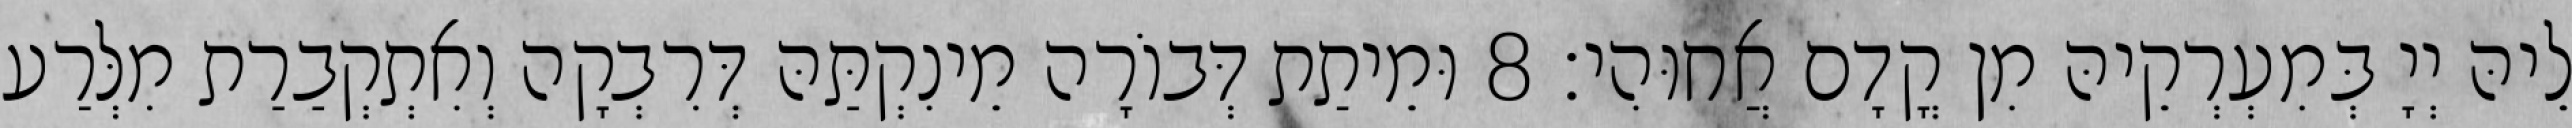
לֵיהּ יְיָ בְּמִעְרְקֵיהּ מִן קֳדָם אֲחוּהִי׃ 8 וּמֵיתַת דְּבוֹרָה מֵינִקְתַּהּ דְּרִבְקָה וְאִתְקְבַרַת מִלְּרַע